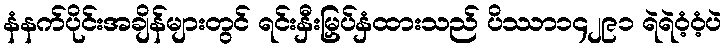
နံနက်ပိုင်းအချိန်များတွင် ရင်းနှီးမြှပ်နှံထားသည် ပိဿာ၁၄၂၉၁ ရဲရဲဝံ့ဝံ့ပဲ